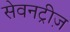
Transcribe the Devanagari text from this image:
सेवनट्रीज़